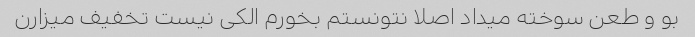
بو و طعن سوخته میداد اصلا نتونستم بخورم الکی نیست تخفیف میزارن